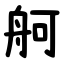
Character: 舸